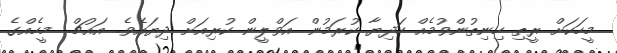
މީހަކަށް ރީތި ހިނިތުންވުމެއް ހަދިޔާ ކުރަމުން އަވްލީން ކުރިއަށް ދިޔައެވެ. އައުޗް.. މީހެއްގެ